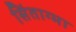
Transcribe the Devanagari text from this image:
सिंताग्मा